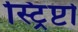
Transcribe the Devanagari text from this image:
स्ट्रिप्टो